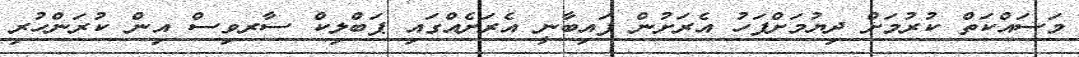
މަސައްކަތް ކުރުމަށް ދިޔުމަށްފަހު އެރަށުން ފައިބާނީ އެރަށެއްގައި ޕަބްލިކް ސާރވިސް އިން ކުރަންހުރި